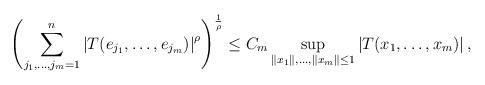
LaTeX: \begin{align*}\left( \sum_{j_{1},\ldots,j_{m}=1}^{n}\left\vert T(e_{j_{1}},\ldots,e_{j_{m}})\right\vert ^{\rho}\right) ^{\frac{1}{\rho}}\leq C_{m}\sup_{\left\Vert x_{1}\right\Vert ,\dots,\left\Vert x_{m}\right\Vert \leq 1}\left\vert T(x_{1},\dots,x_{m})\right\vert,\end{align*}